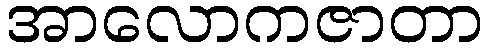
အာလောကဇာတာ